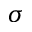
\sigma